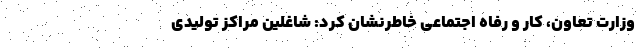
وزارت تعاون، کار و رفاه اجتماعی خاطرنشان کرد: شاغلین مراکز تولیدی